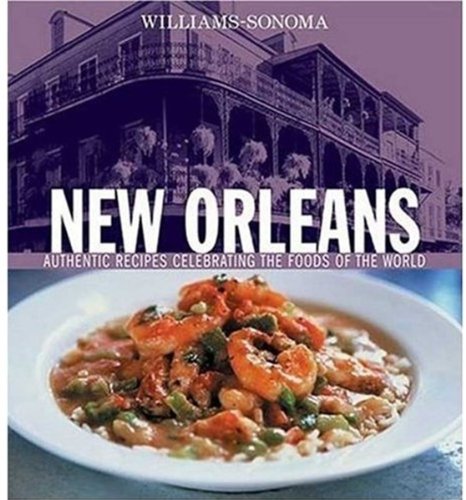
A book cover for Williams-Sonoma Foods of the World: New Orleans: Authentic Recipes Celebrating the Foods of the World; Constance Snow; Cookbooks, Food & Wine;